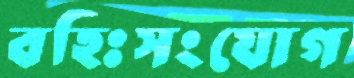
বহিঃসংযোগ